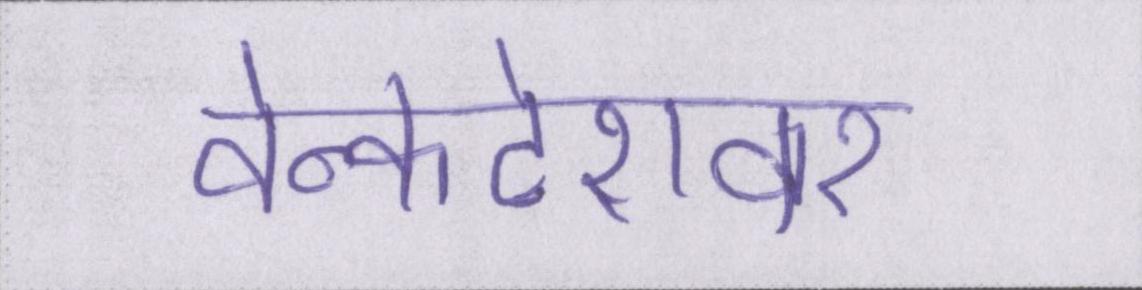
वेन्कटेशवर